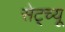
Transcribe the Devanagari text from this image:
सेट्च्यू